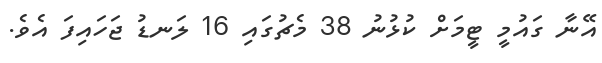
އޭނާ ގައުމީ ޓީމަށް ކުޅުނު 38 މެޗުގައި 16 ލަނޑު ޖަހައިފަ އެވެ.